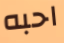
احبه